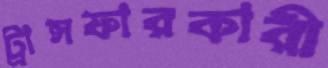
ট্রান্সফারকারী